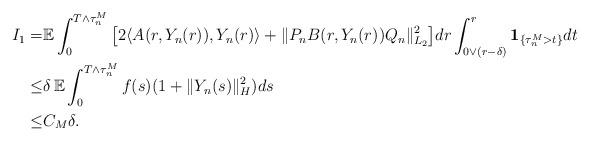
LaTeX: \begin{align*}I_1 = & \mathbb{E} \int_0^{T\wedge\tau_n^M} \big[ 2\langle A(r,Y_n(r)), Y_n(r) \rangle + \Vert P_n B(r,Y_n(r))Q_n \Vert_{L_2}^2 \big] dr \int_{0\vee(r-\delta)}^{r} \mathbf{1}_{\{\tau_n^M>t\}} dt \\\leq & \delta \, \mathbb{E} \int_0^{T\wedge\tau_n^M} f(s) (1+\Vert Y_n(s)\Vert_H^2) ds \\\leq & C_M \delta .\end{align*}